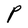
Character: P